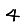
Digit: 4